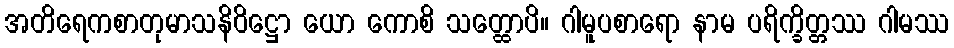
အတိရေကစာတုမာသနိဝိဋ္ဌော ယော ကောစိ သတ္ထောပိ။ ဂါမူပစာရော နာမ ပရိက္ခိတ္တဿ ဂါမဿ